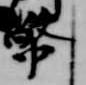
幣